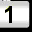
Digit: 1